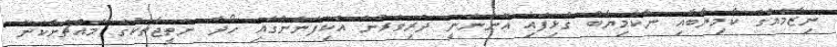
ނިޒާމެއްގެ ކާމިޔާބާއި ނާކާމިޔާބު ގުޅިފައި އޮންނަނީ ދަރިވަރުން އެކިފަންނުގައި ހޯދާ ނަތީޖާތަކުގެ މައްޗަށްކަން